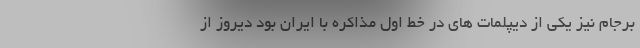
برجام نیز یکی از دیپلمات های در خط اول مذاکره با ایران بود دیروز از